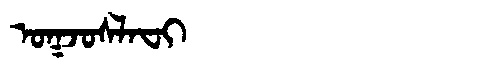
Manchu: ᠣᡴᠵᠣᠰᠯᠠᠸᡳ
Romanization: OKJOSLAFI